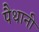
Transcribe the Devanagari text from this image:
पैथानी